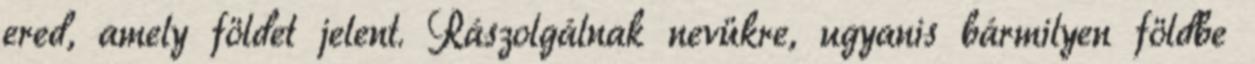
ered, amely földet jelent. Rászolgálnak nevükre, ugyanis bármilyen földbe